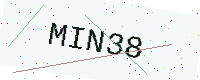
Text: MIN38